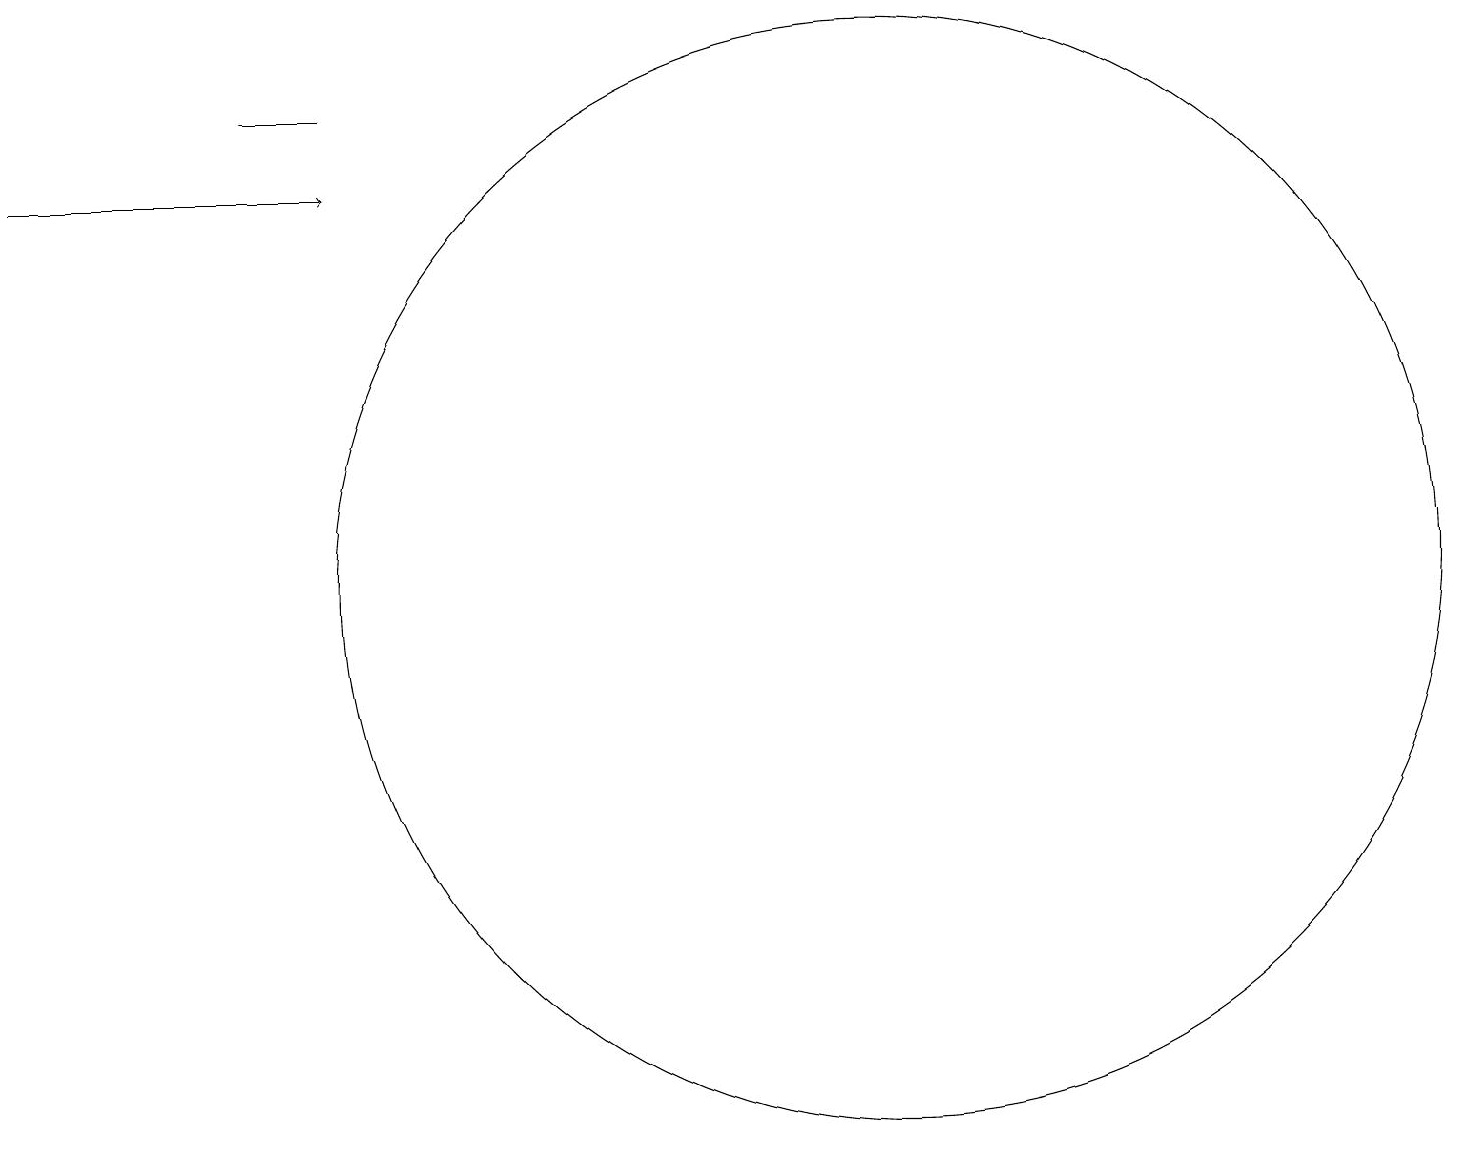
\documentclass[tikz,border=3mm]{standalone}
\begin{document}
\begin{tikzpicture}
\draw (11,11) circle (7);
\draw (4,17) rectangle (3,17);
\draw[->] (0,16) -- (4,16);
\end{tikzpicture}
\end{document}